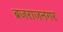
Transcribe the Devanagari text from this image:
ब्रजराजनगर